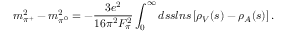
m _ { \pi ^ { + } } ^ { 2 } - m _ { \pi ^ { 0 } } ^ { 2 } = - { \frac { 3 e ^ { 2 } } { 1 6 \pi ^ { 2 } F _ { \pi } ^ { 2 } } } \int _ { 0 } ^ { \infty } d s s l n s \left[ \rho _ { V } ( s ) - \rho _ { A } ( s ) \right] .